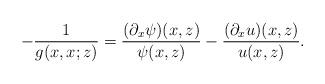
LaTeX: \begin{align*}- \frac 1{g(x,x;z)} = \frac{(\partial_x\psi)(x,z)}{\psi(x,z)} - \frac{(\partial_x u)(x,z)}{u(x,z)}.\end{align*}